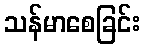
သန်မာစေခြင်း